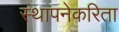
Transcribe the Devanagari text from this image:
स्थापनेकरिता